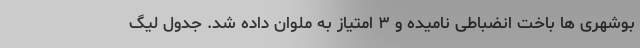
بوشهری ها باخت انضباطی نامیده و ٣ امتیاز به ملوان داده شد. جدول لیگ